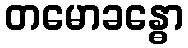
တမောခန္ဓော